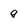
Character: q